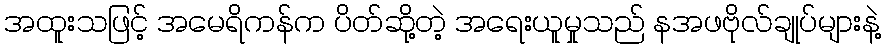
အထူးသဖြင့် အမေရိကန်က ပိတ်ဆို့တဲ့ အရေးယူမှုသည် နအဖဗိုလ်ချုပ်များနဲ့